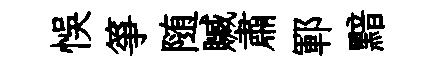
悞箏随贓肅鄆黯